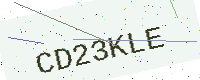
Text: CD23KLE